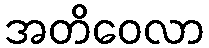
အတိဝေလာ